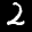
Label: 2